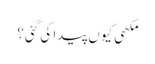
مکھی کیوں پیدا کی گئی؟